Scottish Leaving Certificate Examination, 1951
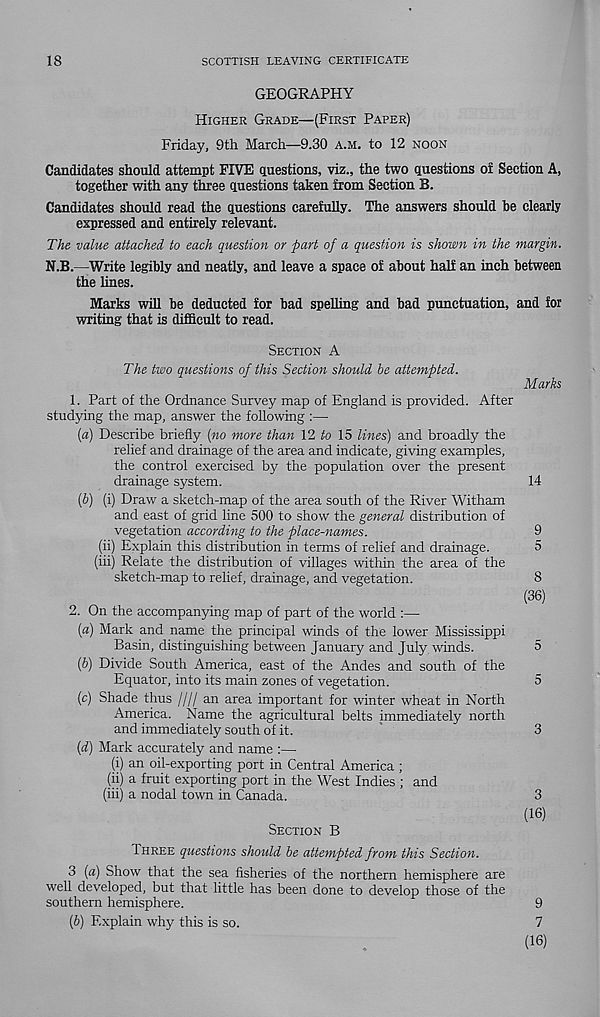
18
SCOTTISH LEAVING CERTIFICATE
GEOGRAPHY
HIGHER GRADE—(FIRST PAPER)
Friday, 9th March—9.30 A.M. to 12 NOON
Candidates should attempt FIVE questions, viz., the two questions of Section A,
together with any three questions taken from Section B.
Candidates should read the questions carefully. The answers should be clearly
expressed and entirely relevant.
The value attached to each question or part of a question is shown in the margin.
N.B.—Write legibly and neatly, and leave a space of about half an inch between
the lines.
Marks will be deducted for bad spelling and bad punctuation, and for
writing that is difficult to read.
SECTION A
The two questions of this Section should he attempted.
Marks
1. Part of the Ordnance Survey map of England is provided. After
studying the map, answer the following :—
{a) Describe briefly (no more than Yl to 15 lines) and broadly the
relief and drainage of the area and indicate, giving examples,
the control exercised by the population over the present
drainage system.
14
ip) (i) Draw a sketch-map of the area south of the River Witham
and east of grid line 500 to show the general distribution of
vegetation according to the place-names.
9
(ii) Explain this distribution in terms of relief and drainage.
5
(hi) Relate the distribution of villages within the area of the
sketch-map to relief, drainage, and vegetation.
8
(36)
2. On the accompanying map of part of the world :—
(a) Mark and name the principal winds of the lower Mississippi
Basin, distinguishing between January and July, winds.
5
(b) Divide South America, east of the Andes and south of the
Equator, into its main zones of vegetation.
5
(c) Shade thus //// an area important for winter wheat in North
America. Name the agricultural belts immediately north
and immediately south of it.
3
(d) Mark accurately and name :—
(i) an oil-exporting port in Central America ;
(ii) a fruit exporting port in the West Indies ; and
(iii) a nodal town in Canada.
3
(16)
SECTION B
THREE questions should be attempted from this Section.
3 (a) Show that the sea fisheries of the northern hemisphere are
well developed, but that little has been done to develop those of the
southern hemisphere.
9
(6) Explain why this is so.
7
(16)